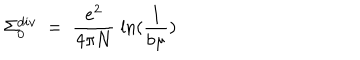
\Sigma _ { 0 } ^ { d i v } \; = \; \frac { e ^ { 2 } } { 4 \pi N } \; \ln ( \frac { 1 } { b \mu } )